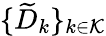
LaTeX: \{ \widetilde{D}_{k}\} _{k\in\mathcal K}